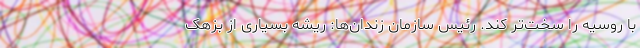
با روسیه را سخت‌تر کند. رئیس سازمان زندان‌ها: ریشه بسیاری از بزهک